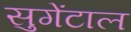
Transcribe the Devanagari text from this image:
सुगेंटाल